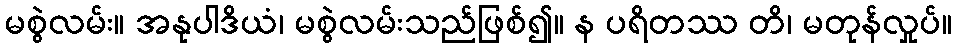
မစွဲလမ်း။ အနုပါဒိယံ၊ မစွဲလမ်းသည်ဖြစ်၍။ န ပရိတဿ တိ၊ မတုန်လှုပ်။